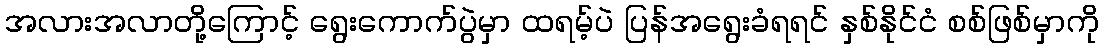
အလားအလာတို့ကြောင့် ရွေးကောက်ပွဲမှာ ထရမ့်ပဲ ပြန်အရွေးခံရရင် နှစ်နိုင်ငံ စစ်ဖြစ်မှာကို